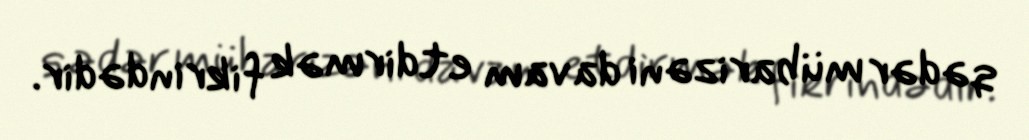
qədər mübarizəni davam etdirmək fikrindədir.